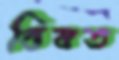
বিষত